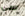
سي